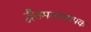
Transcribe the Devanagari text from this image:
द्वैतमतस्थापक